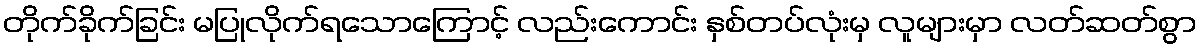
တိုက်ခိုက်ခြင်း မပြုလိုက်ရသောကြောင့် လည်းကောင်း နှစ်တပ်လုံးမှ လူများမှာ လတ်ဆတ်စွာ